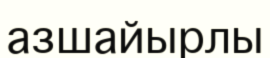
азшайырлы